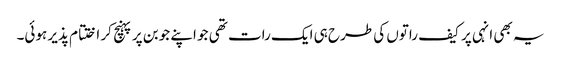
یہ بھی انہی پر کیف راتوں کی طرح ہی ایک رات تھی جو اپنے جوبن پر پہنچ کر اختتام پذیر ہوئی۔